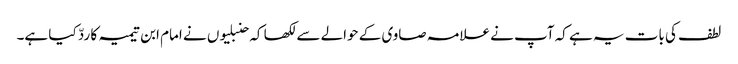
لطف کی بات یہ ہے کہ آپ نے علامہ صاوی کے حوالے سے لکھا کہ حنبلیوں نے امام ابن تیمیہ کا ردّ کیا ہے۔